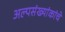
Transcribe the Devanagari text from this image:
अल्पसंख्यांकांचे